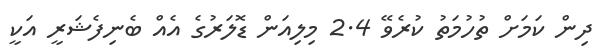
ދިން ކަމަށް ތުހުމަތު ކުރެވޭ 2.4 މިލިއަން ޑޮލަރުގެ އެއް ބެނިފެޝަރީ އަކީ